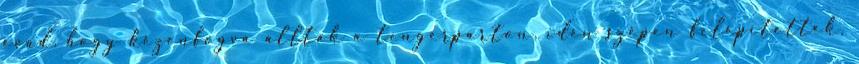
évad, hogy kézenfogva álltak a tengerparton, idén szépen felépítették,